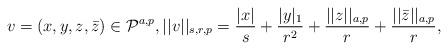
LaTeX: \begin{align*}v=(x,y,z,\bar{z})\in\mathcal{P}^{a,p},||v||_{s,r,p}=\frac{|x|}{s}+\frac{|y|_1}{r^2}+\frac{||z||_{a,p}}{r}+\frac{||\bar{z}||_{a,p}}{r},\end{align*}